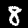
Label: 8